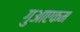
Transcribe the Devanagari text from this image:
गुआएकम